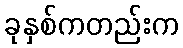
ခုနှစ်ကတည်းက